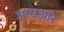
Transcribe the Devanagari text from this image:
आधआर